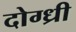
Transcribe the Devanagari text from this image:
दोग्ध्री